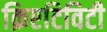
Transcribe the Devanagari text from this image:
क्रिएटिविटी